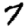
Digit: 7